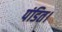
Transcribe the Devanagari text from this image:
पंडित।